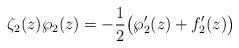
LaTeX: \begin{align*}\zeta_2(z)\wp_2(z)=-\frac12\big(\wp_2'(z)+f_2'(z)\big)\end{align*}